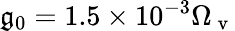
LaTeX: \mathfrak{g}_{0}=1.5\times10^{-3}\Omega_{\mathrm{{~v~}}}